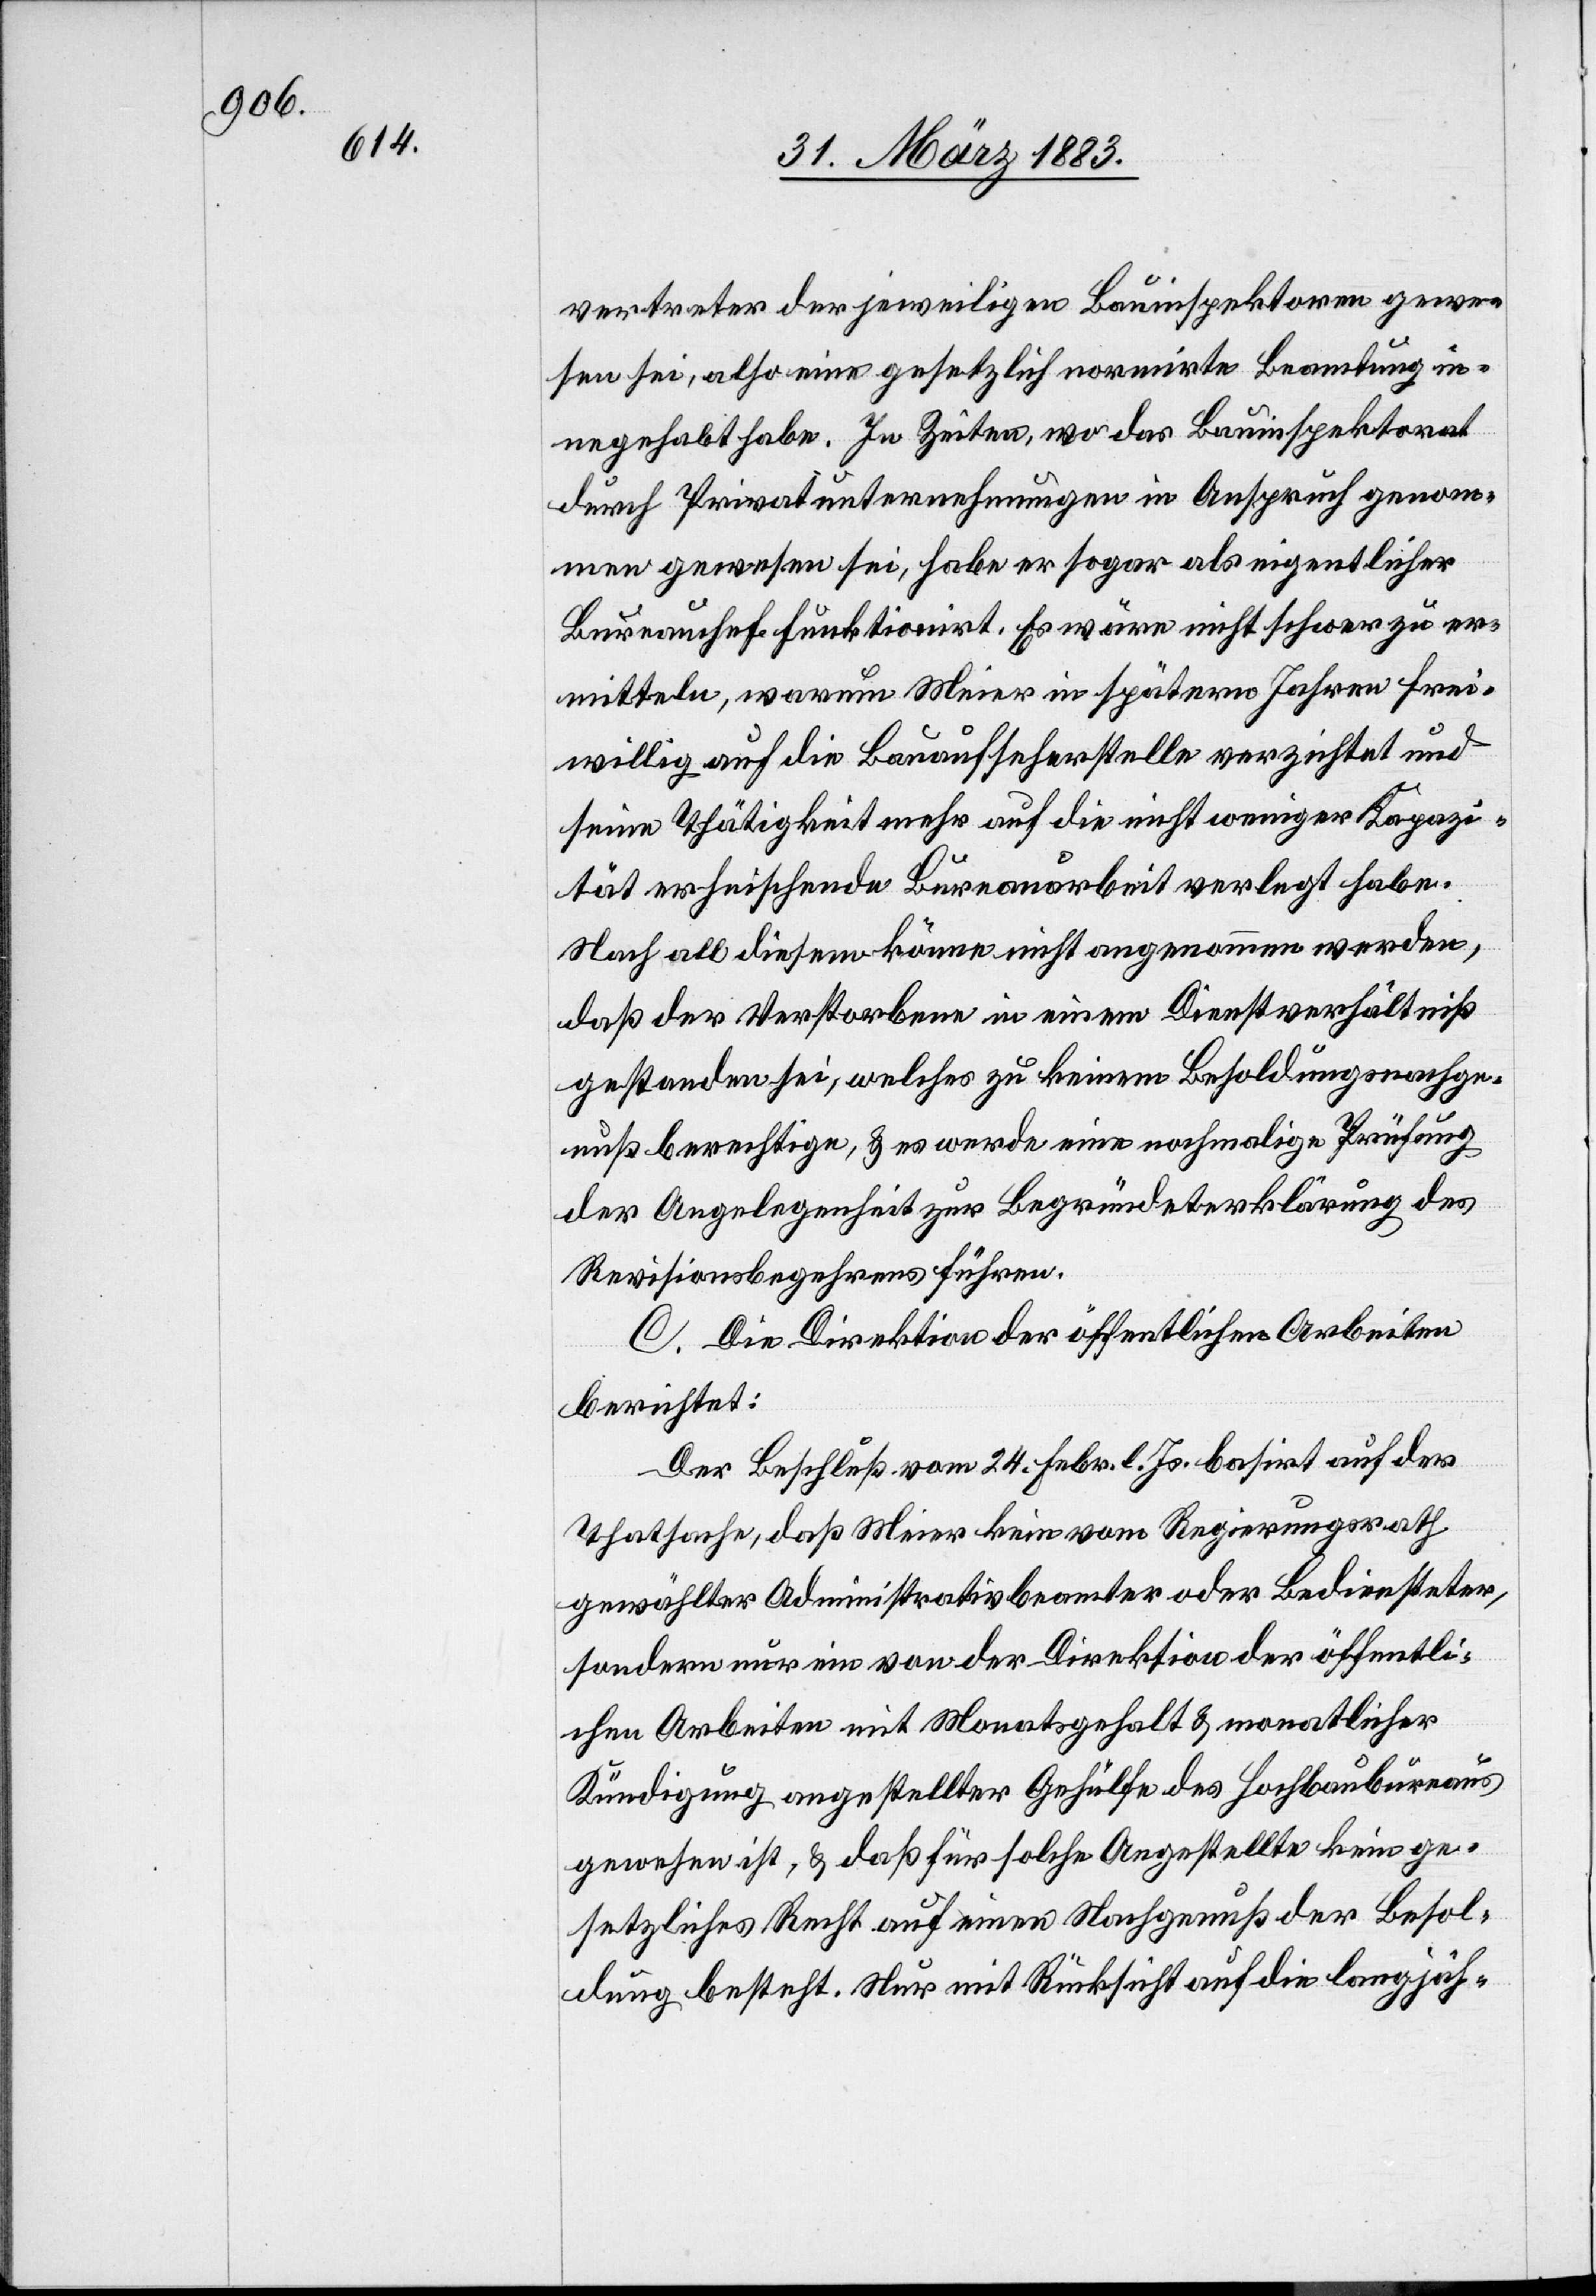
vertreter des jeweiligen Bauinspektoren gewe¬
sen sei, also eine gesetzlich normirte Beamtung in¬
negehabt habe. In Zeiten, wo das Bauinspektorat
durch Privatunternehmungen in Anspruch genom¬
men gewesen sei, habe er sogar als eigentlicher
Bureauchef funktionirt. Es wäre nicht schwer zu er¬
mitteln, warum Meier in spätern Jahren frei¬
willig auf die Bauaufseherstelle verzichtet und
seine Thätigkeit mehr auf die nicht weniger Kapazi¬
tät erheischende Bureauarbeit verlegt habe.
Nach all diesem könne nicht angenommen werden,
daß der Verstorbene in einem Dienstverhältniß
gestanden sei, welches zu keinem Besoldungsnachge¬
nuß berechtige, & es werde eine nochmalige Prüfung
der Angelegenheit zur Begründeterklärung des
Revisionsbegehrens führen.
C. Die Direktion der öffentlichen Arbeiten
berichtet:
Der Beschluß vom 24. Febr. l. Js. basirt auf der
Thatsache, daß Meier kein vom Regierungsrath
gewählter Administrativbeamter oder Bediensteter,
sondern nur ein von der Direktion der öffentli¬
chen Arbeiten mit Monatsgehalt & monatlicher
Kündigung angestellter Gehülfe des Hochbaubureaus
gewesen ist, & daß für solche Angestellte kein ge¬
setzliches Recht auf einen Nachgenuß der Besol¬
dung besteht. Nur mit Rücksicht auf die langjäh-